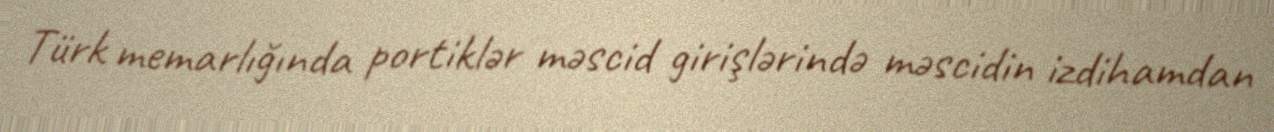
Türk memarlığında portiklər məscid girişlərində məscidin izdihamdan